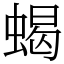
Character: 蝎